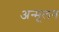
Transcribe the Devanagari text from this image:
अन्मूलन